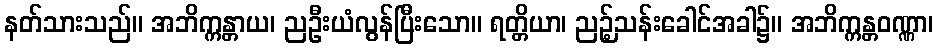
နတ်သားသည်။ အဘိက္ကန္တာယ၊ ညဦးယံလွန်ပြီးသော။ ရတ္တိယာ၊ ညဉ့်သန်းခေါင်အခါ၌။ အဘိက္ကန္တဝဏ္ဏာ၊